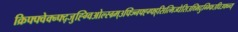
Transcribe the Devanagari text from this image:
क्रिफ्फ्वेक्न्फ्द्जुह्ग्विओल्स्ग्र्म्३फ्ज्निफ्ह्ग्फ्ह्सित्मिज्धेसिउथ्मिदुग्भ्फिउघिउफ्व्न्य्